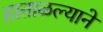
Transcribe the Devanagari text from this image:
हाताळल्याने